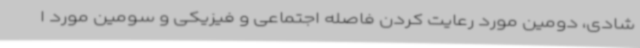
شادی، دومین مورد رعایت کردن فاصله اجتماعی و فیزیکی و سومین مورد ا